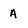
Character: A